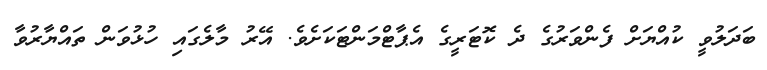
ބަދަލުވީ ކުއްޔަށް ފެންވަރުގެ ދެ ކޮޓަރީގެ އެޕާޓްމަންޓަކަށެވެ. އޭރު މާލެގައި ހުޅުވަން ތައްޔާރުވާ